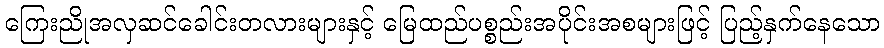
ကြေးညိုအလှဆင်ခေါင်းတလားများနှင့် မြေထည်ပစ္စည်းအပိုင်းအစများဖြင့် ပြည့်နှက်နေသော